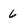
Character: 6